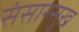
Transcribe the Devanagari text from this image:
संसारसुख